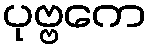
ပုဗ္ဗကေ